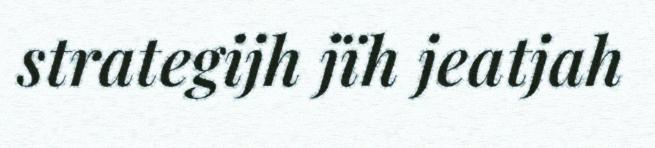
strategijh jïh jeatjah